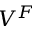
V ^ { F }